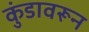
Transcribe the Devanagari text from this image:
कुंडावरून